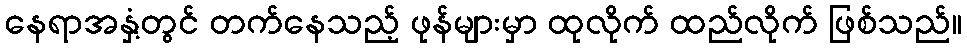
နေရာအနှံ့တွင် တက်နေသည့် ဖုန်များမှာ ထုလိုက် ထည်လိုက် ဖြစ်သည်။